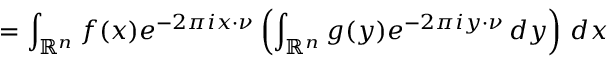
= \int _ { \mathbb { R } ^ { n } } f ( x ) e ^ { - 2 \pi i x \cdot \nu } \left( \int _ { \mathbb { R } ^ { n } } g ( y ) e ^ { - 2 \pi i y \cdot \nu } \, d y \right) \, d x